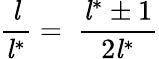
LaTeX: {\frac{\mathit{l}}{{\mathit{l}}^{*}}}=\; {\frac{{\mathit{l}}^{*}\pm 1}{2{\mathit{l}}^{*}}}